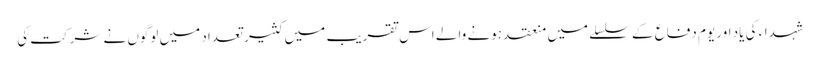
شہداء کی یاد اور یوم دفاع کے سلسلے میں منعقد ہونے والے اس تقریب میں کثیر تعداد میں لوگوں نے شرکت کی